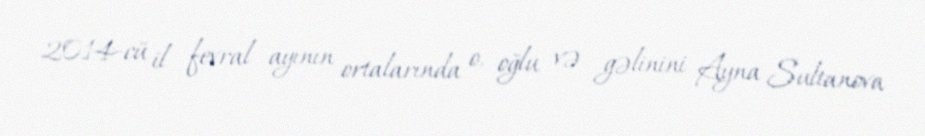
2014-cü il fevral ayının ortalarında o, oğlu və gəlinini Ayna Sultanova